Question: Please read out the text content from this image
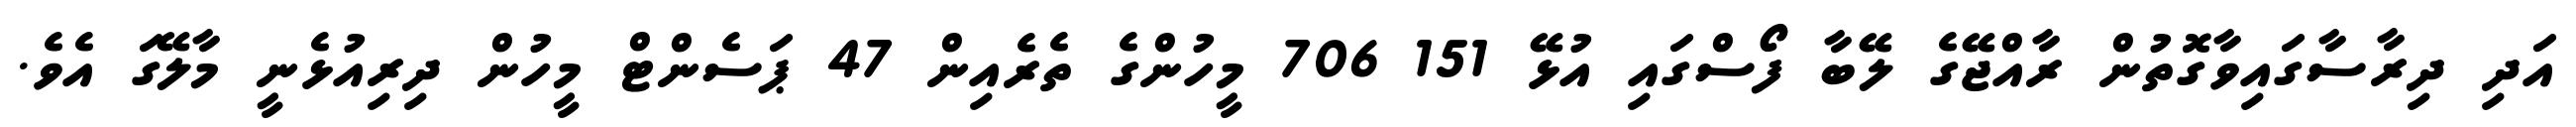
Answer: އަދި ދިރާސާގައިވާގޮތުން ރާއްޖޭގެ ލޭބާ ފޯސްގައި އުޅޭ 151 706 މީހުންގެ ތެރެއިން 47 ޕަސެންޓް މީހުން ދިރިއުޅެނީ މާލޭގަ އެވެ.